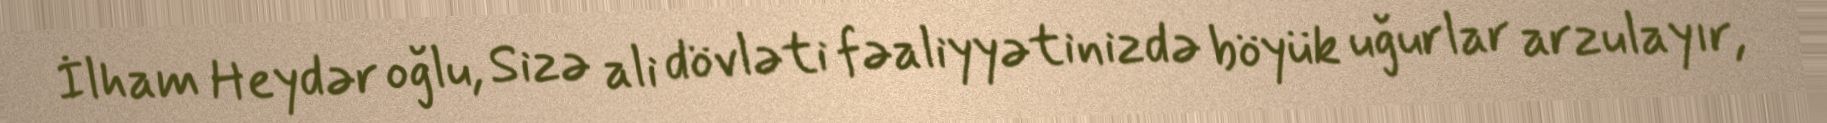
İlham Heydər oğlu, Sizə ali dövləti fəaliyyətinizdə böyük uğurlar arzulayır,